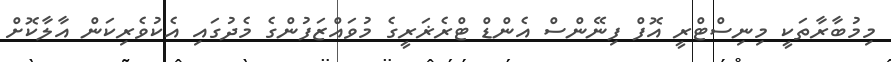
މިމުބާރާތަކީ މިނިސްޓްރީ އޮފް ފިނޭންސް އެންޑް ޓްރެޜަރީގެ މުވައްޒަފުންގެ މެދުގައި އެކުވެރިކަން އާލާކޮށް